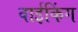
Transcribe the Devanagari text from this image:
वाईकिंग